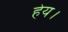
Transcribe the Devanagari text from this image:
हेय।